Annual report on the Civil Veterinary Department, Burma (including the Insein Veterinary School) - 1932-1941
Year: 1932
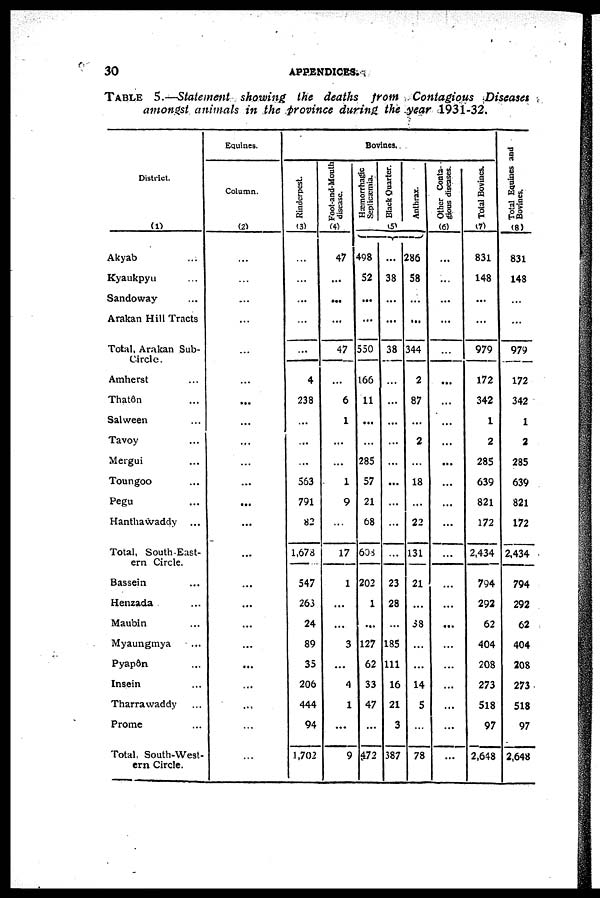
30
APPENDICES.
TABLE
5.—Statement showing the deaths from Contagious Diseases
amongst animals in the province during the year 1931-32.
District.
(1)
Akyab ...
Kyaukpyu ...
Sandoway ...
Arakan Hill Tracts
Total, Arakan Sub-
Circle.
Amherst ...
Thatôn ...
Salween ...
Tavoy ...
Mergui ...
Toungoo ...
Pegu ...
Hanthawaddy ...
Total. South-East-
ern Circle.
Bassein ...
Henzada ...
Maubin ...
Myaungmya
...
Pyapôn ...
Insein ...
Tharrawaddy ...
Prome ...
Total. South-West-
ern Circle.
Equines.
Column.
(2)
...
...
...
...
...
...
...
...
...
...
...
...
...
...
...
...
...
...
...
...
...
...
...
Bovines.
Rinderpest.
(3)
...
...
...
...
...
4
238
...
...
...
563
791
82
1,678
547
263
24
89
35
206
444
94
1,702
Foot-and-Mouth
disease.
(4)
47
...
...
...
47
...
6
1
...
...
1
9
...
17
1
...
...
3
...
4
1
...
9
Hæmorrhagic
Seplicæmia.
498
52
...
...
550
166
11
...
...
285
57
21
68
608
202
1
...
127
62
33
47
...
472
Black Quarter.
(5)
...
38
...
...
38
...
...
...
...
...
...
...
...
...
23
28
...
185
111
16
21
3
387
Anthrax.
286
58
...
...
344
2
87
...
2
18
...
22
131
21
...
38
...
...
14
5
...
78
Other Conta-
gious diseases.
(6)
...
...
...
...
...
...
...
...
...
...
...
...
...
...
...
...
...
...
...
...
...
...
...
Total Bovines.
(7)
831
148
...
...
979
172
342
1
2
285
639
821
172
2,434
794
292
62
404
208
273
518
97
2,648
Total Equines and
Bovines.
(8)
831
148
...
...
979
172
342
1
2
285
639
821
172
2,434
794
292
62
404
208
273
518
97
2,648